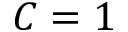
C = 1